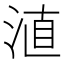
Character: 淔